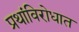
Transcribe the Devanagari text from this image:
प्रथांविरोधात